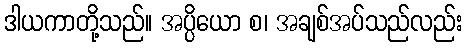
ဒါယကာတို့သည်။ အပ္ပိယော စ၊ အချစ်အပ်သည်လည်း